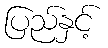
ပြည်နှင့်